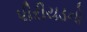
પીરીયડનો